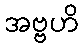
အဗ္ဗဟိ